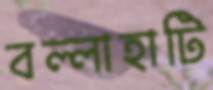
বল্লাহাটি